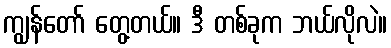
ကျွန်တော် တွေ့တယ်။ ဒီ တစ်ခုက ဘယ်လိုလဲ။